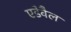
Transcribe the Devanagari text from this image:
एडेवैल